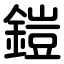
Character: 鎧